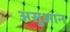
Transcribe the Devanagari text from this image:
असुआन